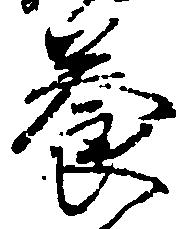
養